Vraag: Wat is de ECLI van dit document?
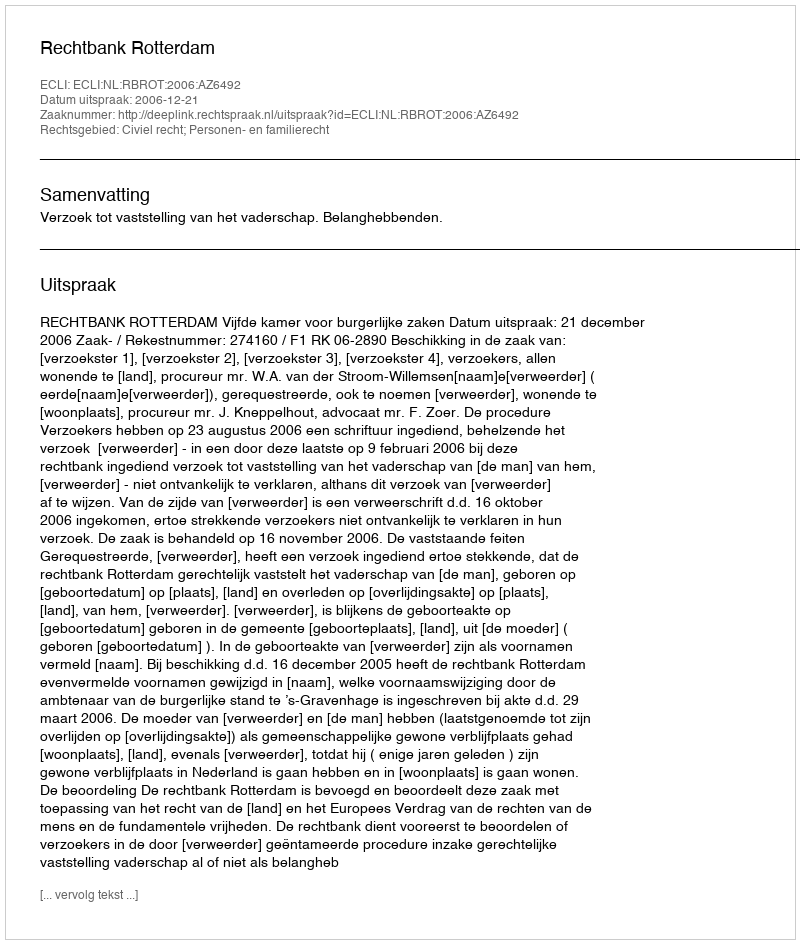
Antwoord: ECLI:NL:RBROT:2006:AZ6492